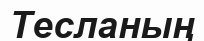
Тесланың